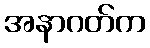
အနာဂတ်က